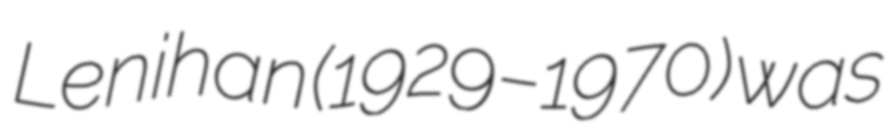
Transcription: Lenihan (1929–1970) was